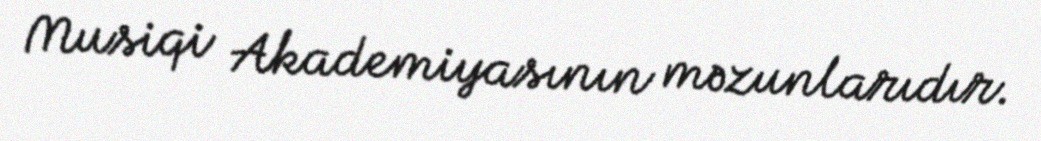
Musiqi Akademiyasının məzunlarıdır.